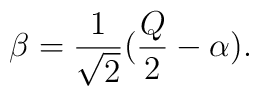
\beta = \frac{1}{\sqrt{2}}(\frac{Q}{2}-\alpha ).